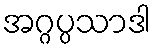
အဂ္ဂပ္ပသာဒါ